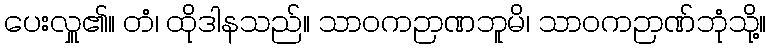
ပေးလှူ၏။ တံ၊ ထိုဒါနသည်။ သာဝကဉာဏဘူမိ၊ သာဝကဉာဏ်ဘုံသို့။